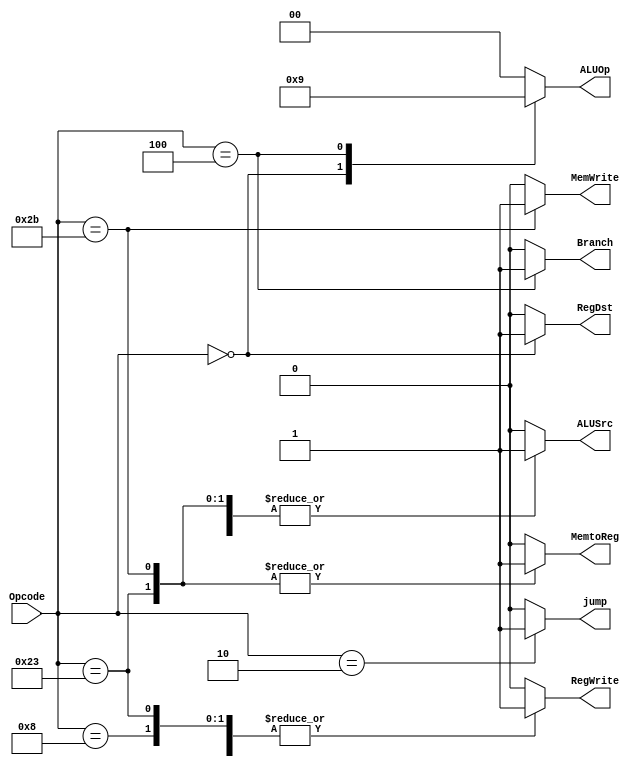
module MAIN_DECODER (
    input wire[5:0] Opcode,
    output reg [1:0] ALUOp ,
    output reg MemtoReg,
    output reg MemWrite,
    output reg Branch,
    output reg ALUSrc,
    output reg RegDst,
    output reg RegWrite,
    output reg jump
);

always @(*) begin
      case (Opcode)
       6'b10_0011 : 
       begin
        //loadWord
           jump=0;
           ALUOp=2'b00;
           MemWrite=0;
           RegWrite=1;//==>has_value
           RegDst=0;
           ALUSrc=1;//==>has_value
           MemtoReg=1;//==>has_value
           Branch=0;
       end
       6'b10_1011 : 
       begin
           //storeWord
           jump=0;
           ALUOp=2'b00;
           MemWrite=1;//==>has_value
           RegWrite=0;
           RegDst=0;
           ALUSrc=1;//==>has_value
           MemtoReg=1;//==>has_value
           Branch=0;
       end
       6'b00_0000 : 
       begin
           //rType
           jump=0;
           ALUOp=2'b10;//==>has_value
           MemWrite=0;
           RegWrite=1;//==>has_value
           RegDst=1;//==>has_value
           ALUSrc=0;
           MemtoReg=0;
           Branch=0;
       end
       6'b00_1000 : 
       begin
           //addImmediate
           jump=0;
           ALUOp=2'b00;
           MemWrite=0;
           RegWrite=1;//==>has_value
           RegDst=0;
           ALUSrc=1;//==>has_value
           MemtoReg=0;
           Branch=0;
       end
       6'b00_0100 : 
       begin
           //beq
           jump=0;
           ALUOp=2'b01;//==>has_value
           MemWrite=0;
           RegWrite=0;
           RegDst=0;
           ALUSrc=0;
           MemtoReg=0;
           Branch=1;//==>has_value
       end
       6'b00_0010 : 
       begin
           //jump_inst
           jump=1;
           ALUOp=2'b00;
           MemWrite=0;
           RegWrite=0;
           RegDst=0;
           ALUSrc=0;
           MemtoReg=0;
           Branch=0;
       end
        default:
        begin
            jump=0;
           ALUOp=2'b00;
           MemWrite=0;
           RegWrite=0;
           RegDst=0;
           ALUSrc=0;
           MemtoReg=0;
           Branch=0;
        end 
        
    endcase
end
    
endmodule